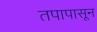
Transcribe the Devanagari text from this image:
तपापासून